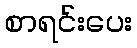
စာရင်းပေး